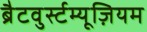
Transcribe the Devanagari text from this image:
ब्रैटवुर्स्टम्यूज़ियम